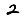
Digit: 2